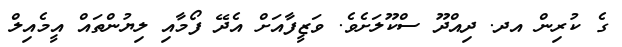
ގެ ކުރިން އދ. ދިއްދޫ ސްކޫލަށެވެ. ވަޒީފާއަށް އެދޭ ފޯމާއި ލިޔުންތައް އީމެއިލް